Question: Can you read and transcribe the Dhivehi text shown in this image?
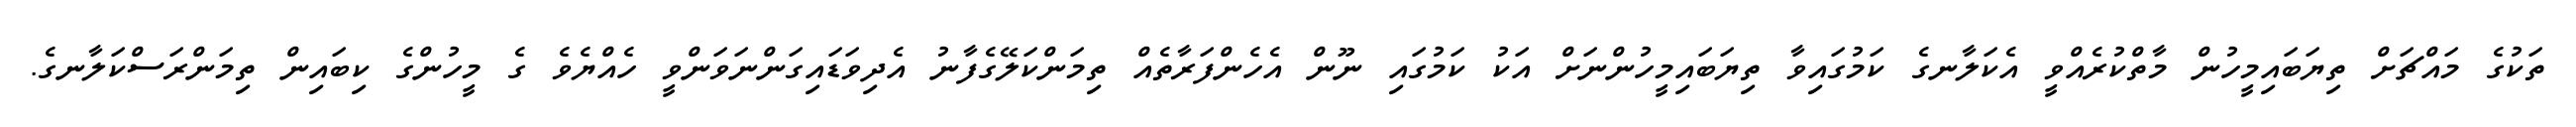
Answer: ތަކުގެ މައްޗަށް ތިޔަބައިމީހުން މާތްކުރެއްވީ އެކަލާނގެ ކަމުގައިވާ ތިޔަބައިމީހުންނަށް އަކު ކަމުގައި ނޫން އެހެންފަރާތެއް ތިމަންކަލޭގެފާނު އެދިވަޑައިގަންނަވަންވީ ހެއްޔެވެ ގެ މީހުންގެ ކިބައިން ތިމަންރަސްކަލާނގެ.